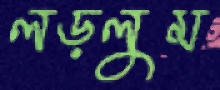
লড়লুম